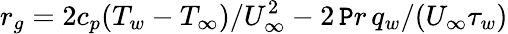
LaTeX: r_{g}=2c_{p}(T_{w}-T_{\infty})/U_{\infty}^{2}-2\, \mathtt{P}r\, q_{w}/(U_{\infty}\tau_{w})